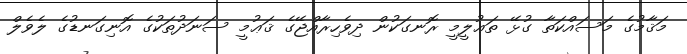
މަޤާމުގެ މަސައްކަތާ ގުޅޭ ތަޢުލީމީ ރޮނގަކުން ދިވެހިރާއްޖޭގެ ޤަޢުމީ ސަނަދުތަކުގެ އޮނިގަނޑުގެ ލެވެލް